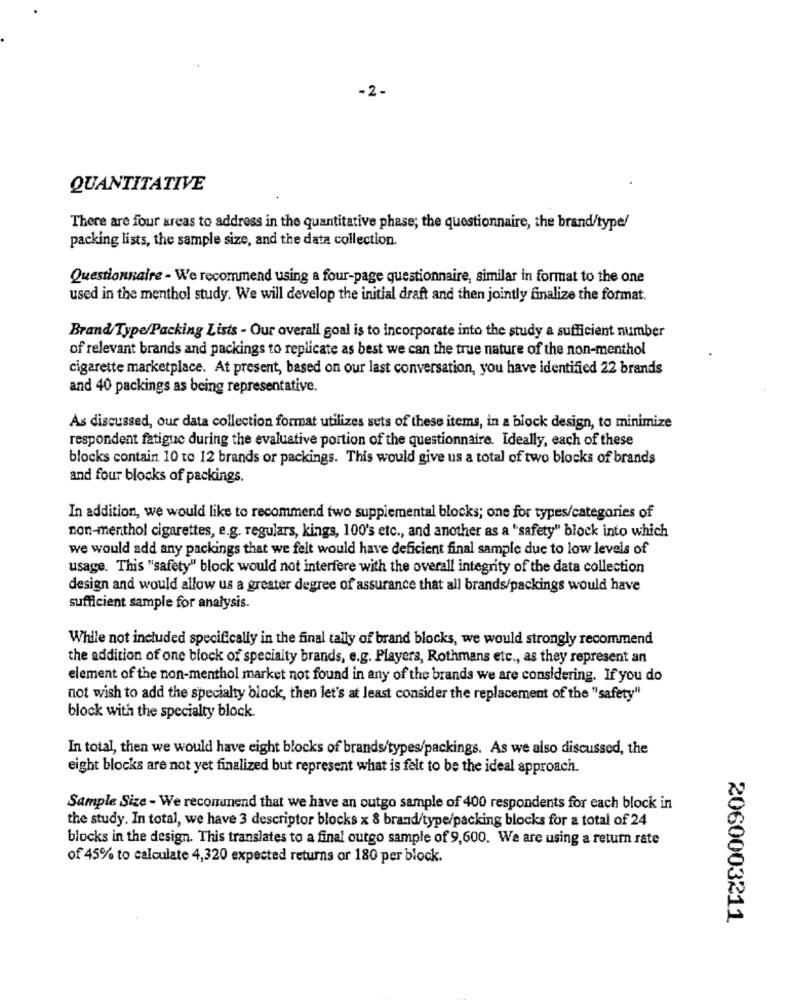
-2-
QUANTITATIVE
There are four areas to address in the quantitative phase; the questionnaire, the brand/type/
packing lists, the sample size, and the data collection.
Questionnaire - We recommend using a four-page questionnaire, similar in format to the one
used in the menthol study. We will develop the initial draft and then jointly finalize the format.
Brand Type/Packing Lists - Our overall goal is to incorporate into the study a sufficient number
of relevant brands and packings to replicate as best we can the true nature of the non-menthol
cigarette marketplace. At present, based on our last conversation, you have identified 22 brands
and 40 packings as being representative.
As discussed, our data collection format utilizes sets of these items, in a block design, to minimize
respondent fatigue during the evaluative portion of the questionnaire. Ideally, each of these
blocks contain 10 to 12 brands or packings. This would give us a total of two blocks of brands
and four blocks of packings.
In addition, we would like to recommend two supplemental blocks; one for types/categories of
non-menthol cigarettes, e.g. regulars, kings, 100's etc ., and another as a "safety" block into which
we would add any packings that we felt would have deficient final sample due to low levels of
usage. This "safety" block would not interfere with the overall integrity of the data collection
design and would allow us a greater degree of assurance that all brands/packings would have
sufficient sample for analysis.
While not included specifically in the final tally of brand blocks, we would strongly recommend
the addition of one block of specialty brands, e.g. Players, Rothmans etc ., as they represent an
element of the non-menthol market not found in any of the brands we are considering. If you do
not wish to add the specialty block, then let's at least consider the replacement of the "safety"
block with the specialty block.
In total, then we would have eight blocks of brands/types/packings. As we also discussed, the
eight blocks are not yet finalized but represent what is felt to be the ideal approach.
Sample Size - We reconunend that we have an outgo sample of 400 respondents for each block in
the study. In total, we have 3 descriptor blocks x 8 brand/type/packing blocks for a total of 24
blocks in the design. This translates to a final outgo sample of 9,600. We are using a return rate
of 45% to calculate 4,320 expected returns or 180 per block.
2060003211